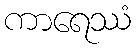
ကာရေဿံ